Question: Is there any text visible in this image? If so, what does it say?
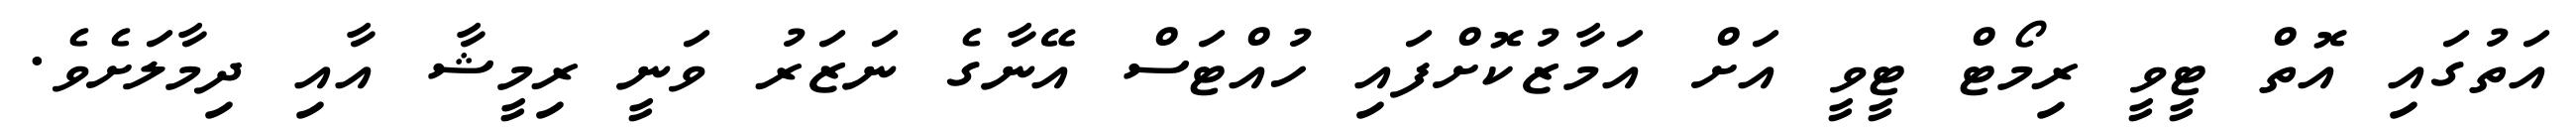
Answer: އަތުގައި އޮތް ޓީވީ ރިމޯޓް ޓީވީ އަށް އަމާޒުކޮށްފައި ހުއްޓަސް އޭނާގެ ނަޒަރު ވަނީ ރިމީޝާ އާއި ދިމާލަށެވެ.